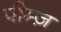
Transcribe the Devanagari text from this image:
पौम्ज़